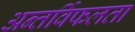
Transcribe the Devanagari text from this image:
अन्तर्विफलता